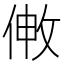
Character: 敒